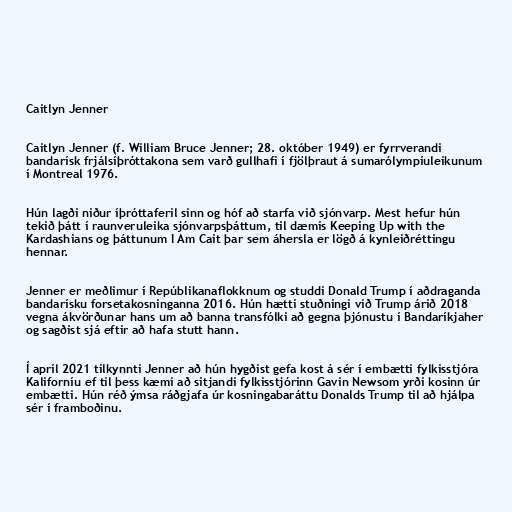
Caitlyn Jenner

Caitlyn Jenner (f. William Bruce Jenner; 28. október 1949) er fyrrverandi
bandarísk frjálsíþróttakona sem varð gullhafi í fjölþraut á sumarólympíuleikunum
í Montreal 1976.

Hún lagði niður íþróttaferil sinn og hóf að starfa við sjónvarp. Mest hefur hún
tekið þátt í raunveruleika sjónvarpsþáttum, til dæmis Keeping Up with the
Kardashians og þáttunum I Am Cait þar sem áhersla er lögð á kynleiðréttingu
hennar.

Jenner er meðlimur í Repúblikanaflokknum og studdi Donald Trump í aðdraganda
bandarísku forsetakosninganna 2016. Hún hætti stuðningi við Trump árið 2018
vegna ákvörðunar hans um að banna transfólki að gegna þjónustu í Bandaríkjaher
og sagðist sjá eftir að hafa stutt hann.

Í apríl 2021 tilkynnti Jenner að hún hygðist gefa kost á sér í embætti fylkisstjóra
Kaliforníu ef til þess kæmi að sitjandi fylkisstjórinn Gavin Newsom yrði kosinn úr
embætti. Hún réð ýmsa ráðgjafa úr kosningabaráttu Donalds Trump til að hjálpa
sér í framboðinu.